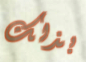
بذلك